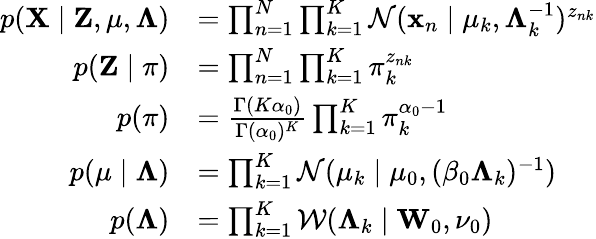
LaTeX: {\begin{array}{rl}{p(\mathbf{X}\mid\mathbf{Z},\mathbf{\mu},\mathbf{\Lambda})}&{=\prod_{n=1}^{N}\prod_{k=1}^{K}{\mathcal{N}}(\mathbf{x}_{n}\mid\mathbf{\mu}_{k},\mathbf{\Lambda}_{k}^{-1})^{z_{nk}}}\\ {p(\mathbf{Z}\mid\mathbf{\pi})}&{=\prod_{n=1}^{N}\prod_{k=1}^{K}\pi_{k}^{z_{nk}}}\\ {p(\mathbf{\pi})}&{={\frac{\Gamma(K\alpha_{0})}{\Gamma(\alpha_{0})^{K}}}\prod_{k=1}^{K}\pi_{k}^{\alpha_{0}-1}}\\ {p(\mathbf{\mu}\mid\mathbf{\Lambda})}&{=\prod_{k=1}^{K}{\mathcal{N}}(\mathbf{\mu}_{k}\mid\mathbf{\mu}_{0},(\beta_{0}\mathbf{\Lambda}_{k})^{-1})}\\ {p(\mathbf{\Lambda})}&{=\prod_{k=1}^{K}{\mathcal{W}}(\mathbf{\Lambda}_{k}\mid\mathbf{W}_{0},\nu_{0})}\end{array}}